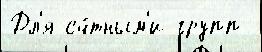
Дл'я сч́тным'и групп